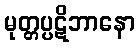
မုတ္တပ္ပဋိဘာနော